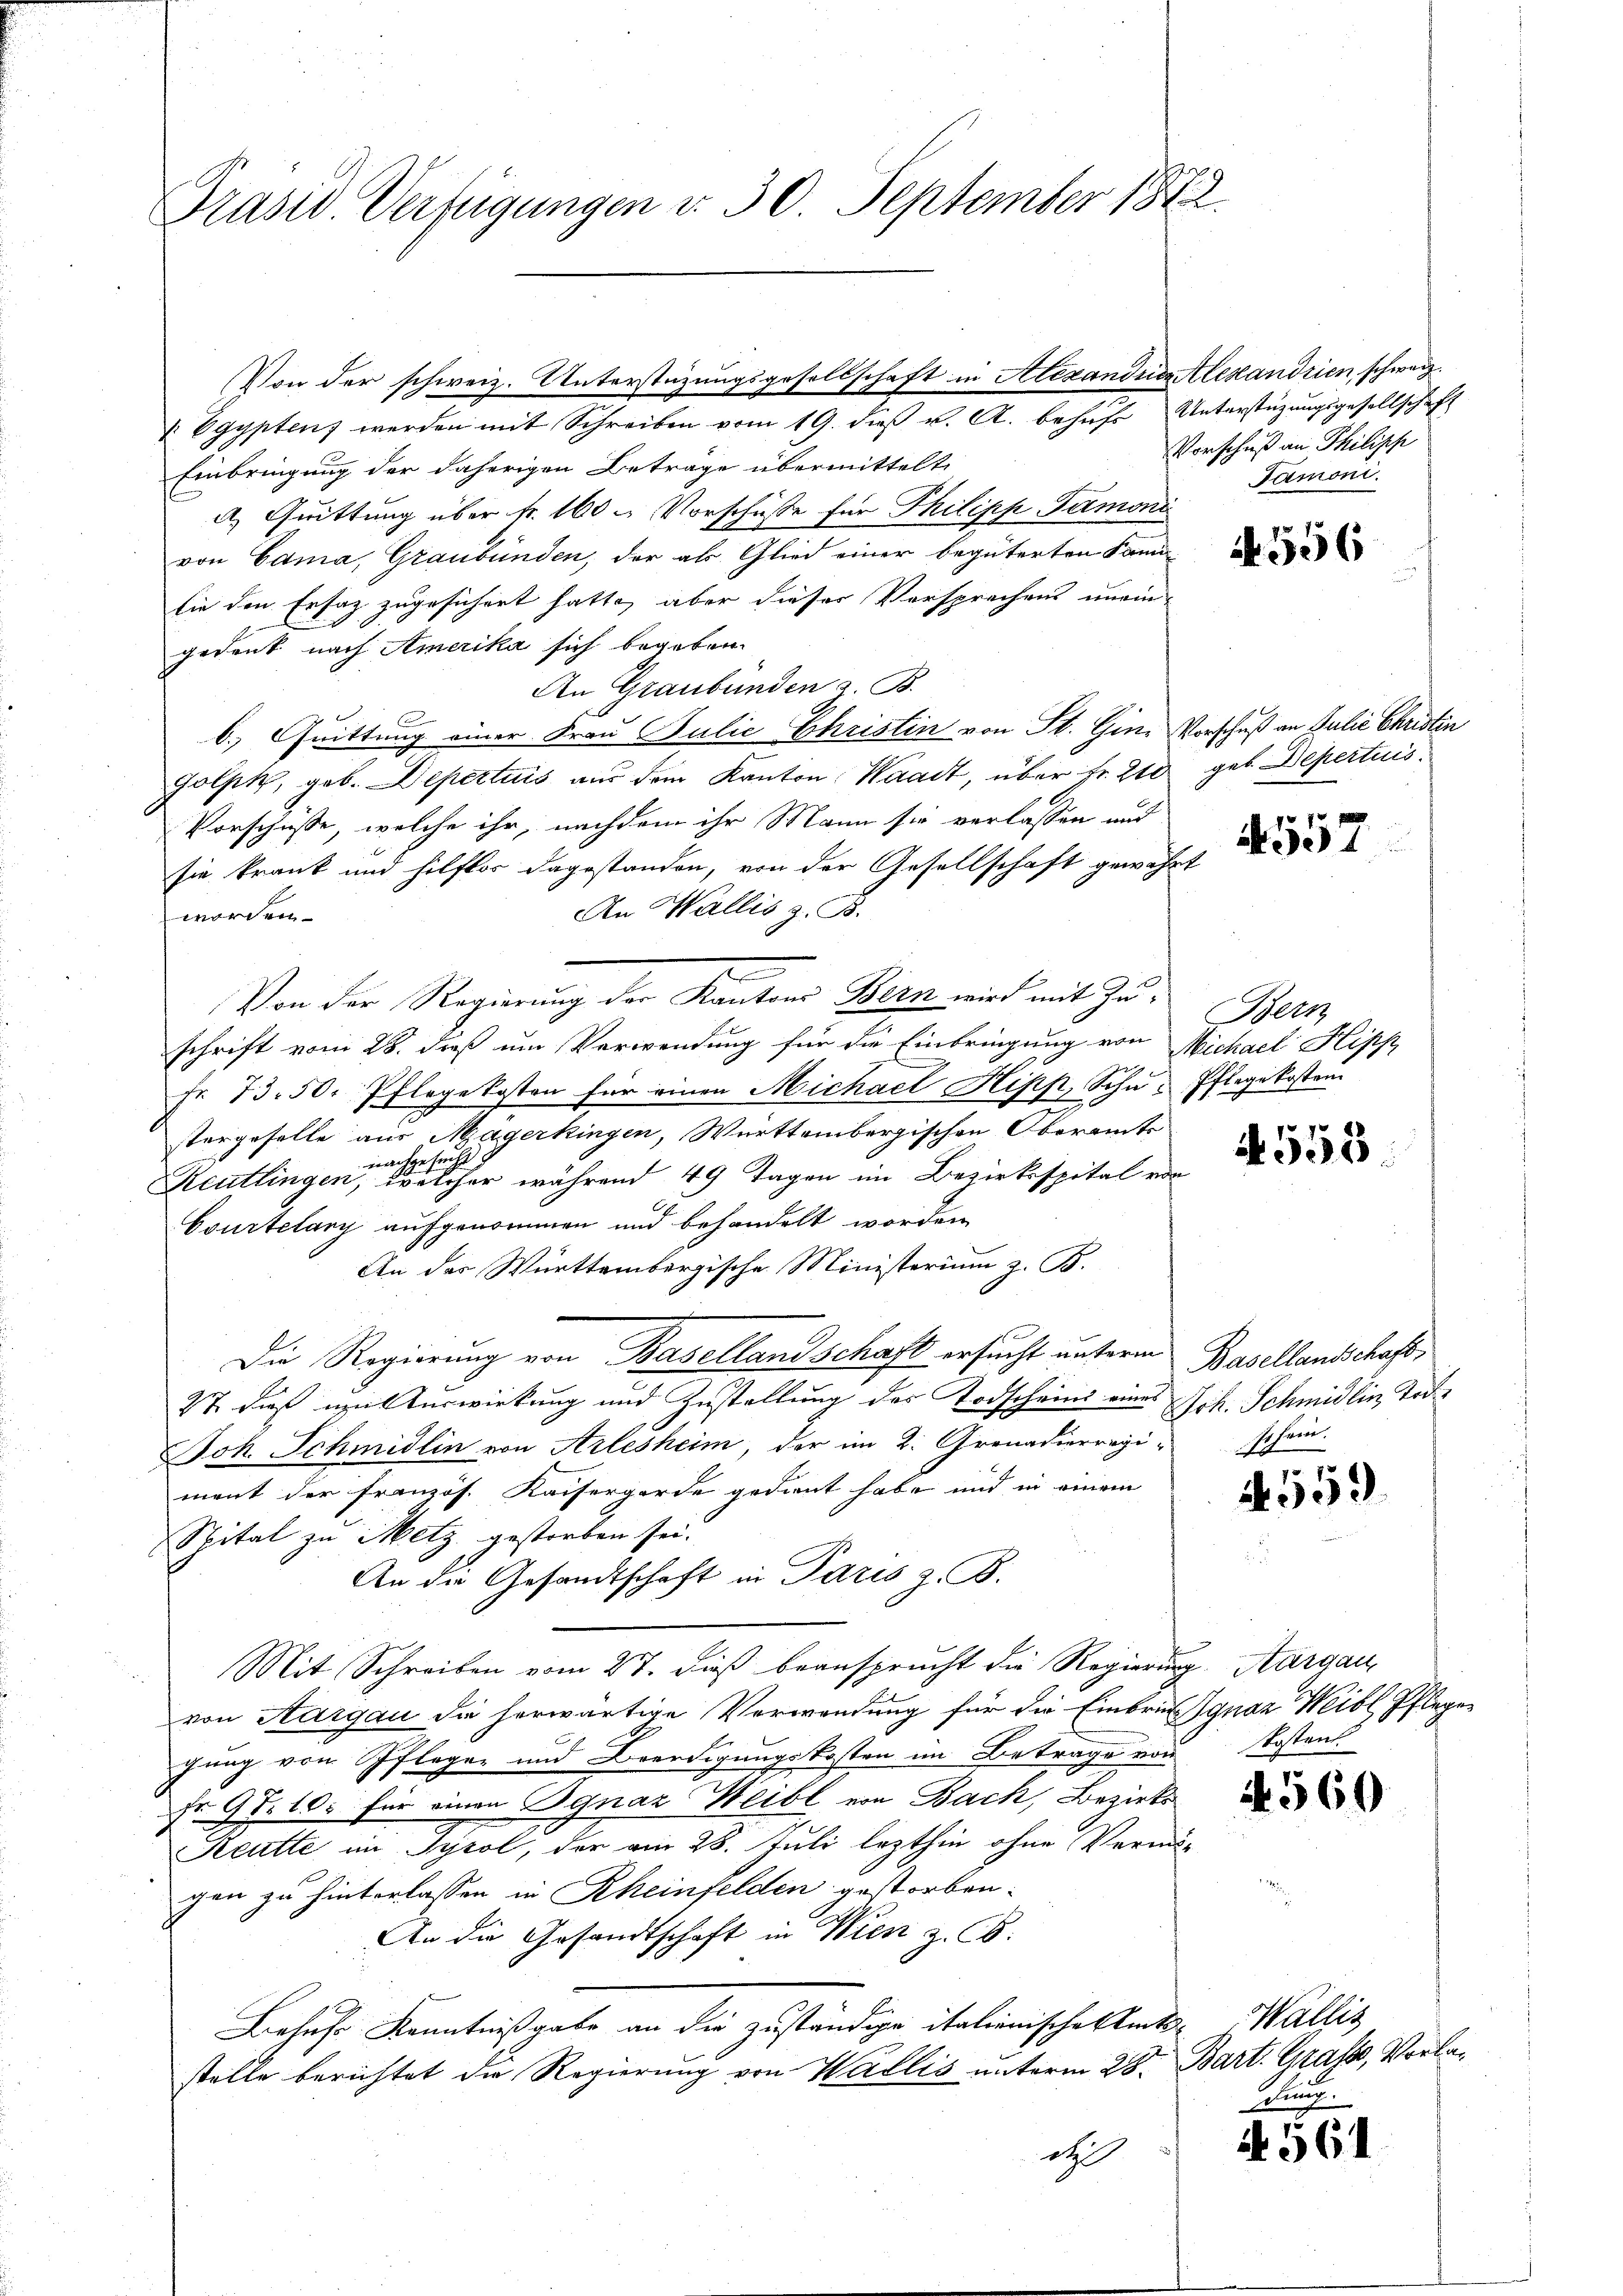
Präsid. Verfügungen d. 30. September 1882

Von der schweiz. Unterstüzungsgesellschaft in Alexanden Alesandrien schwarz¬
 Egypten werden mit Schreiben vom 19. dieβ v. A. behŭfs Unterstüzungsgesellschaft
Einbringung der daherigen Betrage übermittelt
A. Quittung über fr. 160 - Vorschüsse für Philipp Tamoni
von Cama, Graubünden, der als Glied einer begüterten Sani-
sie den Ersatz zugesichert hatte, aber dieser Versprechens uneingedank nach Amerika sich begeben.
An Graubünden z. B.
b. Quittung einer Frau Julie Ehristin von St. Gine Vorschuß an Julie Christin
Golpk, geb. Depertuis aus dem Kanton Waadt, über Fr. 210 geb. Depertuis
Vorschüsse, welche ihr, nachdem ihr Mann sie verlassen und
sie krank und hilflos dagestanden, von der Gesellschaft gewährt
An Wallis z. B.
worden.
Von der Regierung der Kantons Bern wird mit Zuschrift vom 28. dieß um Verwendung für die Einbringung von Michael Hipp
Fr. 73. 50. Pflegekosten für einen Michael Hipp, Sohn Pflegekosten
stergeselle aus Magerkingen, Württembergischen Oberamts
tacht
nnche
Reutlingen, welcher während 49 Tagen im Bezirksspital von
Courtelary aufgenommen und behandelt worden
An das Württembergische Ministerium z. B.
Die Regierung von Basellandschaft ersucht unterm Basellandschaft
27 daß mit Auswirkung und Zustellung des Todscheind eines Sch. Schmidlin Tod
Joh. Schmidlin von Arlesheim, der im 2. Grenadierregiment der französ. Kaisergerde gedient habe und in einem
Spital zu Metz gestorben sei.
An die Gesandtschaft in Paris z. B.
Mit Schreiben vom 27. dieß beansprucht die Regierung. Aargau,
von Aargau die herwärtige Verwendung für die Einbrief Ignaz Weibl Pflegen
gung von Pflegen und Beerdigungskosten im Betrage von
Fr. 97. 10. für einen Ignaz Heibl von Bach, Bezirks
Keutte im Tyrol, der am 28. Juli lezthin ohne Vermögen zu hinterlassen in Rheinfelden gestorben.
An die Gesandtschaft in Wien z. B.
Behufs Kenntnißgabe an die zuständige italienische mit Wallis
stelle berichtet die Regierung von Wallis unterm 28. Bart. Grasse, Vorladt

Vorschuß an Philisch
Tamoni.

N 556

4557

Bern

4555.

schein.

1559

Kosten.

N 560

dung.

A 561